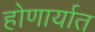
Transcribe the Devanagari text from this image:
होणार्यात